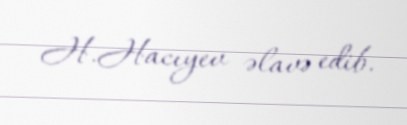
H.Hacıyev əlavə edib.